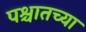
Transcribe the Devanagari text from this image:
पश्चातच्या